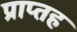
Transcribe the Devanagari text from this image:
प्राप्तह